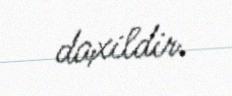
daxildir.